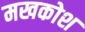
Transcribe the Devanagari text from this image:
मखकोश